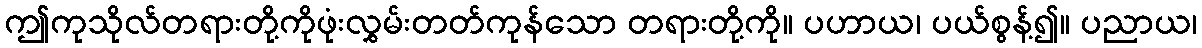
ဤကုသိုလ်တရားတို့ကိုဖုံးလွှမ်းတတ်ကုန်သော တရားတို့ကို။ ပဟာယ၊ ပယ်စွန့်၍။ ပညာယ၊